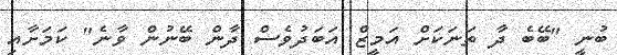
ބުނީ "ބޭބެ ދާ ތަނަކަށް އަމީޒް އަބަދުވެސް ދާން ބޭނުން ވާނެ" ކަމަށާއި